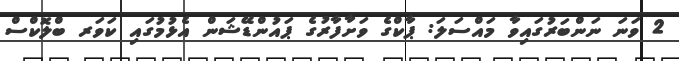
2 ވަނަ ނަންބަރުގައިވާ މައްސަލަ: ޕާކްގެ ވަށާފާރުގެ ޕައުންޑޭޝަން އެޅުމުގައި ކަވަރ ބްލޮކްސް